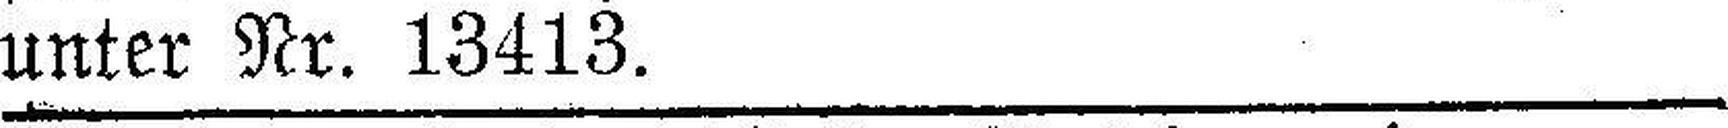
unter Nr. 13413.